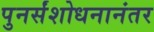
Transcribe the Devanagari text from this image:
पुनर्संशोधनानंतर